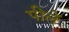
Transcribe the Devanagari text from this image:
पीलें